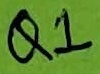
Text: Q1